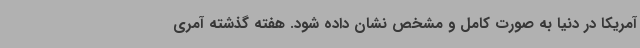
آمریکا در دنیا به صورت کامل و مشخص نشان داده شود. هفته گذشته آمری